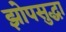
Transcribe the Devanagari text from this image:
झोपसुद्धा